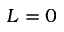
L = 0